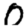
Digit: 0